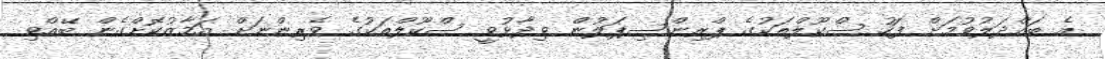
އެ ބައްދަލުވުމަށް ފަހު ސްކޫލްތަކުގެ ޕްރިންސިޕަލުން ވިދާޅުވީ ސްކޫލްތަކުގެ ވެރިންނަށް އަމާޒުކޮށްގެން ބޭއްވި